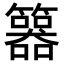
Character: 𥷇